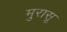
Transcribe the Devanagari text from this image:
मुरासू